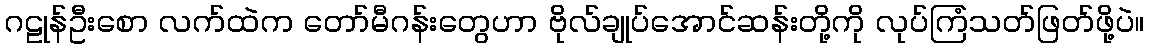
ဂဠုန်ဦးစော လက်ထဲက တော်မီဂန်းတွေဟာ ဗိုလ်ချုပ်အောင်ဆန်းတို့ကို လုပ်ကြံသတ်ဖြတ်ဖို့ပဲ။